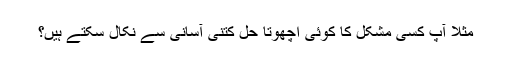
مثلاً آپ کسی مشکل کا کوئی اچھوتا حل کتنی آسانی سے نکال سکتے ہیں؟